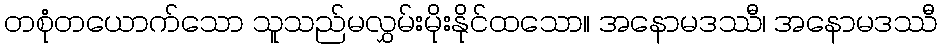
တစုံတယောက်သော သူသည်မလွှမ်းမိုးနိုင်ထသော။ အနောမဒဿီ၊ အနောမဒဿီ